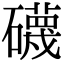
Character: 礣